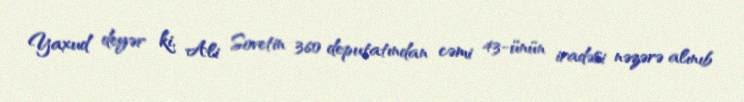
Yaxud deyər ki, Ali Sovetin 360 deputatından cəmi 43-ünün iradəsi nəzərə alınıb